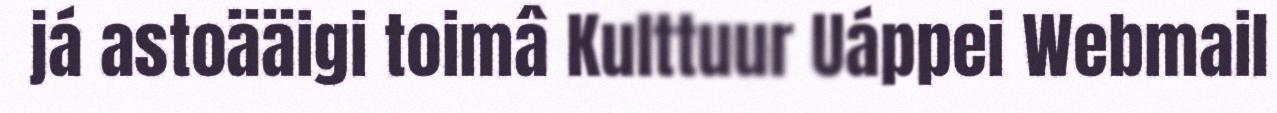
já astoääigi toimâ Kulttuur Uáppei Webmail